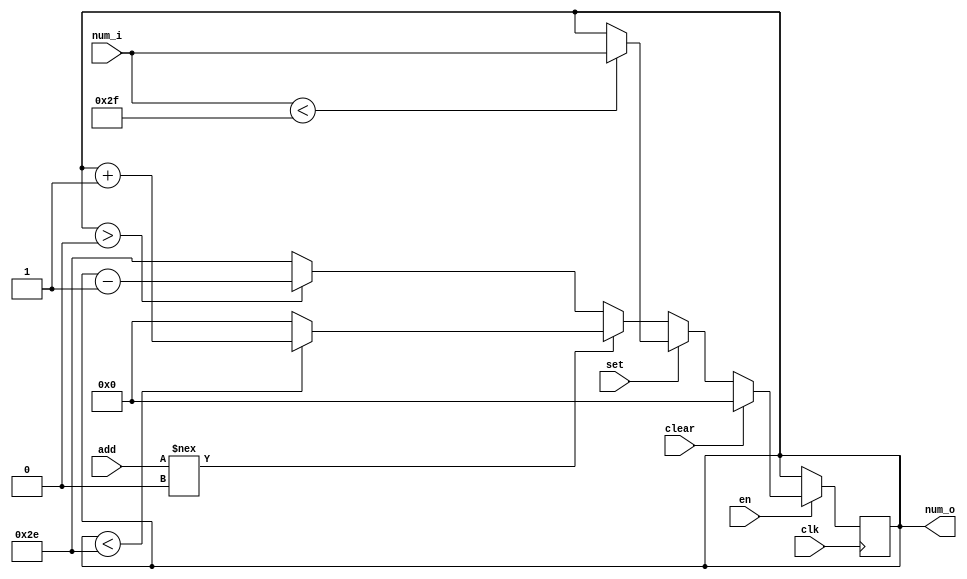
`timescale 1ns / 1ps
//////////////////////////////////////////////////////////////////////////////////
// Company: 
// Engineer: 
// 
// Design Name: 
// Module Name: counter_47
// Project Name: 
// Target Devices: 
// Tool Versions: 
// Description: 
// 
// Dependencies: 
// 
// Revision:
// Revision 0.01 - File Created
// Additional Comments:
// 
//////////////////////////////////////////////////////////////////////////////////


module counter_47(
    clk,    //
    en,     //1
    clear,  //1
    set,    //1
    add,    //1,0,x/z
    num_i,  //
    num_o   //
    );
    //47
    input clk, en, clear, set, add;
    input [5:0] num_i;
    output [5:0] num_o;
    reg [5:0] num_o = 6'b0;

    always @(posedge clk) begin
        if (en) begin
            if (clear) begin
                num_o = 6'b0;
            end 
            else begin
                if (set) begin
                    if (num_i < 47) begin
                        num_o = num_i;
                    end
                end 
                else begin
                    if (add !== 0) begin
                        num_o = (num_o < 46) ? (num_o + 6'b1) : 6'b0;
                    end 
                    else begin
                        num_o = (num_o > 0) ? (num_o - 6'b1) : 6'd46;
                    end
                end
            end
        end
    end
endmodule